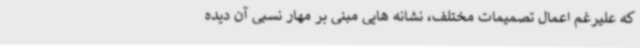
که علیرغم اعمال تصمیمات مختلف، نشانه هایی مبنی بر مهار نسبی آن دیده